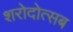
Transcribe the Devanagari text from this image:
शरोदोत्सब